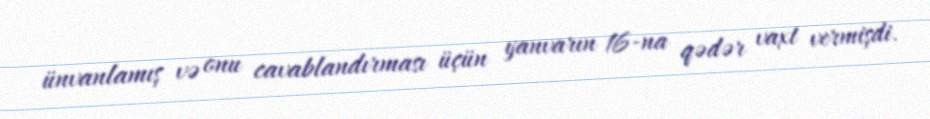
ünvanlamış və onu cavablandırması üçün yanvarın 16-na qədər vaxt vermişdi.